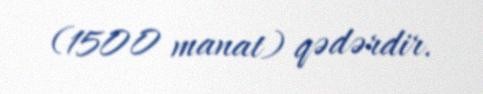
(1500 manat) qədərdir.